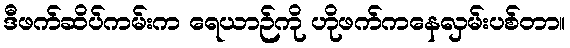
ဒီဖက်ဆိပ်ကမ်းက ရေယာဉ်ကို ဟိုဖက်ကနေလှမ်းပစ်တာ။